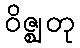
ဝိဇ္ဈတု